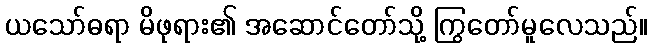
ယသော်ဓရာ မိဖုရား၏ အဆောင်တော်သို့ ကြွတော်မူလေသည်။